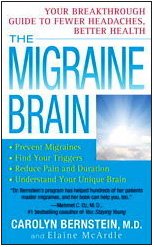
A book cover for The Migraine Brain: Your Breakthrough Guide to Fewer Headaches, Better Health; M.D. Carolyn Bernstein M.D.; Health, Fitness & Dieting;